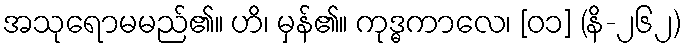
အသုရောမမည်၏။ ဟိ၊ မှန်၏။ ကုဒ္ဓကာလေ၊ [၀၁] (နိ-၂၆၂)